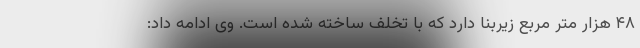
۴۸ هزار متر مربع زیربنا دارد که با تخلف ساخته شده است. وی ادامه داد: